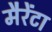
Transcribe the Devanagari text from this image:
मैरेंटा